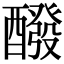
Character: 醱